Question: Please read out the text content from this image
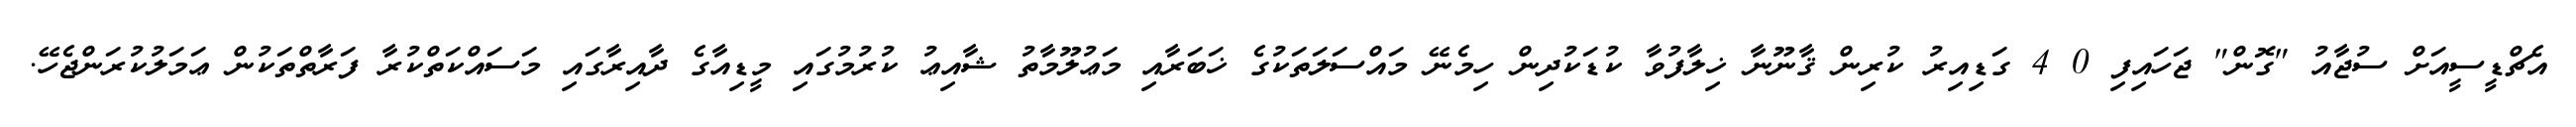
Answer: އެޗްޑީސީއަށް ސުޖާއު "ގޮން" ޖަހައިފި 0 4 ގަޑިއިރު ކުރިން ޤާނޫނާ ޚިލާފުވާ ކުޑަކުދިން ހިމެނޭ މައްސަލަތަކުގެ ޚަބަރާއި މަޢުލޫމާތު ޝާއިޢު ކުރުމުގައި މީޑިއާގެ ދާއިރާގައި މަސައްކަތްކުރާ ފަރާތްތަކުން ޢަމަލުކުރަންޖެހޭ.